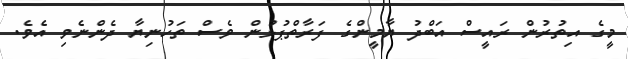
މީގެ އިތުރުން ރައީސް އަބްދު ޔާމީންގެ ފަރާތްޕުޅުން ވެސް ތަހުނިޔާ ދެންނެވި އެވެ.